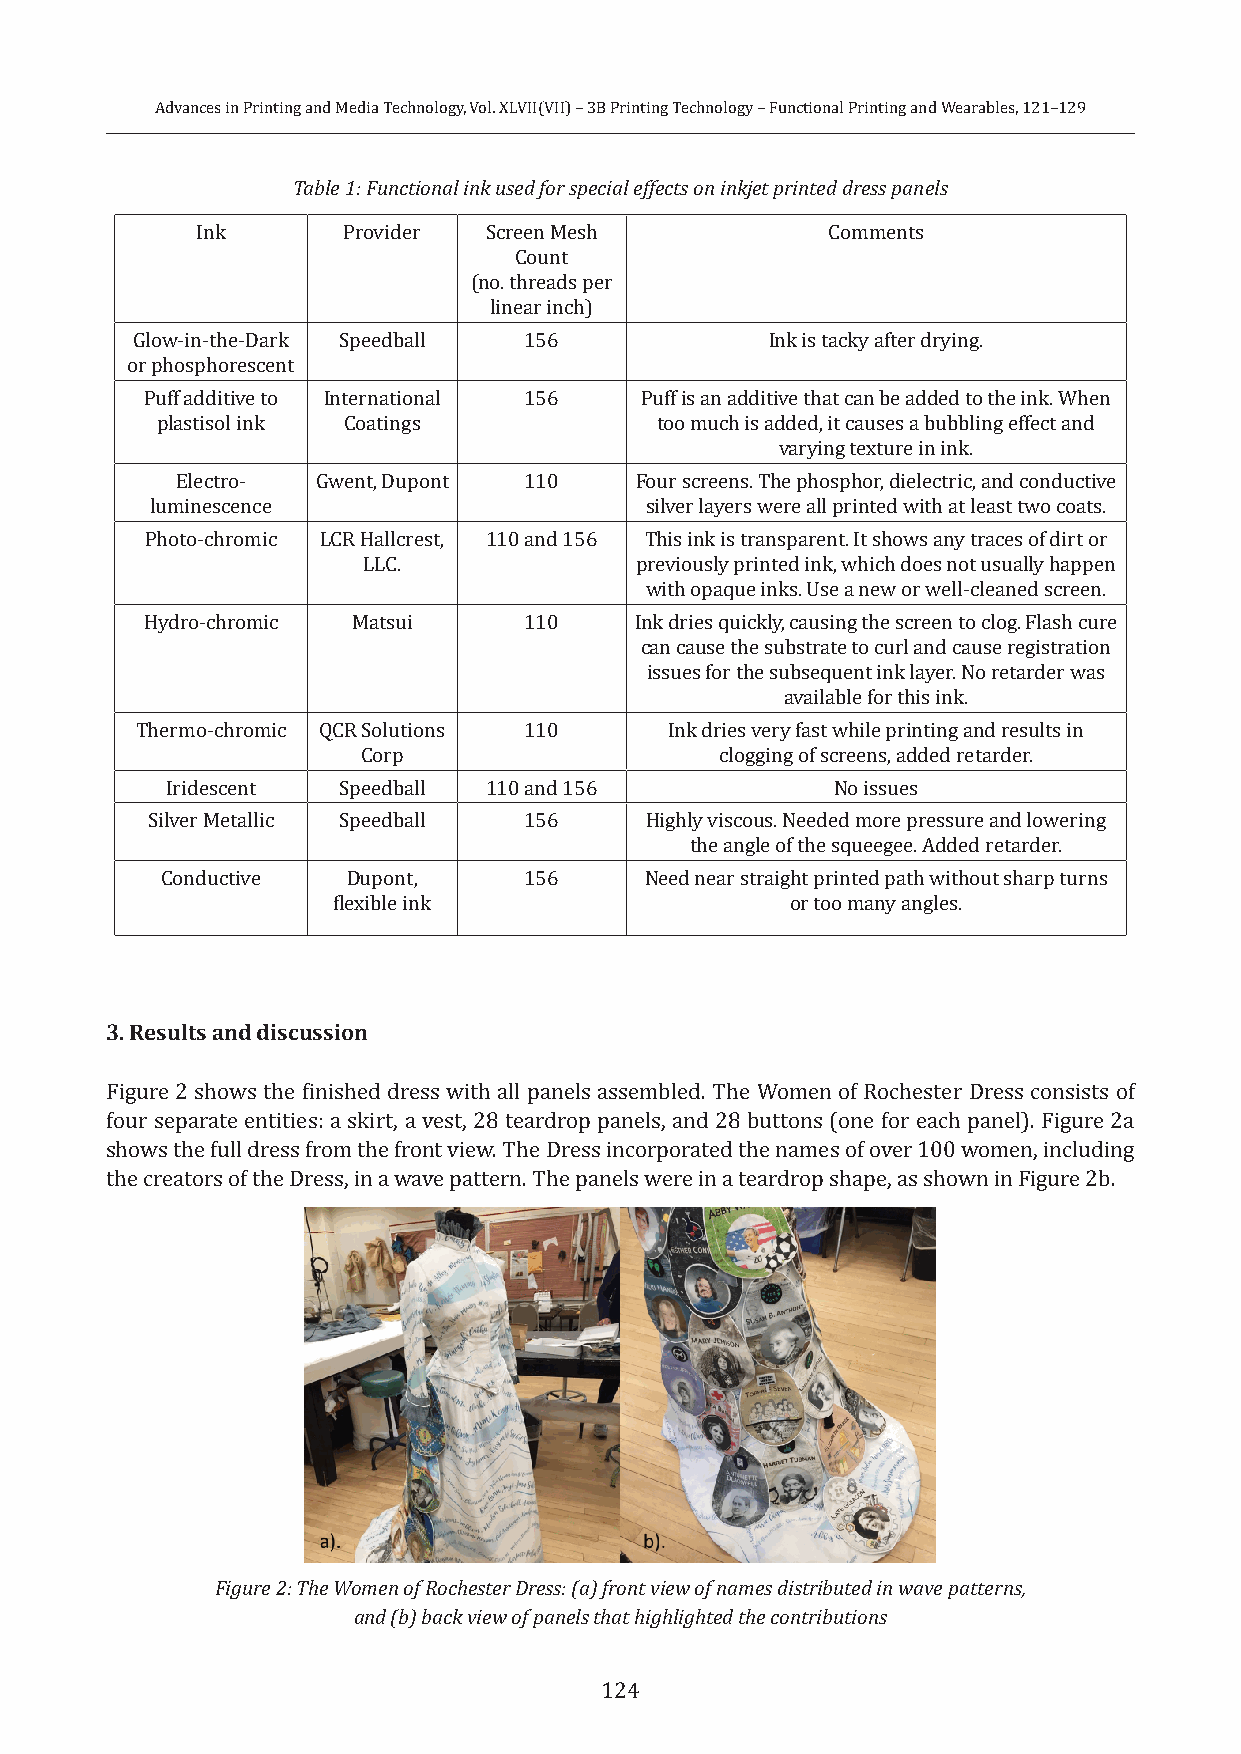
Advances in Printing and Media Technology, Vol. XLVII(VII) – 3B Printing Technology – Functional Printing and Wearables, 121–129
 Table 1: Functional ink used for special effects on inkjet printed dress panels
 Ink       Provider Screen Mesh            Comments
 Count
 (no. threads per
 linear inch)
 Glow-in-the-Dark Speedball 156            Ink is tacky after drying.
 or phosphorescent
 Puff additive to International 156 Puff is an additive that can be added to the ink. When
 plastisol ink Coatings           too much is added, it causes a bubbling effect and
 varying texture in ink.
 Electro- Gwent, Dupont 110    Four screens. The phosphor, dielectric, and conductive
 luminescence                     silver layers were all printed with at least two coats.
 Photo-chromic LCR Hallcrest, 110 and 156 This ink is transparent. It shows any traces of dirt or
 LLC.              previously printed ink, which does not usually happen
 with opaque inks. Use a new or well-cleaned screen.
 Hydro-chromic Matsui     110    Ink dries quickly, causing the screen to clog. Flash cure
 can cause the substrate to curl and cause registration
 issues for the subsequent ink layer. No retarder was
 available for this ink.
 Thermo-chromic QCR Solutions 110   Ink dries very fast while printing and results in
 Corp                    clogging of screens, added retarder.
 Iridescent Speedball 110 and 156            No issues
 Silver Metallic Speedball 156    Highly viscous. Needed more pressure and lowering
 the angle of the squeegee. Added retarder.
 Conductive  Dupont,     156     Need near straight printed path without sharp turns
 flexible ink                  or too many angles.
 3. Results and discussion
 Figure 2 shows the finished dress with all panels assembled. The Women of Rochester Dress consists of
 four separate entities: a skirt, a vest, 28 teardrop panels, and 28 buttons (one for each panel). Figure 2a
 shows the full dress from the front view. The Dress incorporated the names of over 100 women, including
 the creators of the Dress, in a wave pattern. The panels were in a teardrop shape, as shown in Figure 2b.
 Figure 2: The Women of Rochester Dress: (a) front view of names distributed in wave patterns,
 and (b) back view of panels that highlighted the contributions
 124